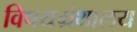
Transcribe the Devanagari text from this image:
विषयग्रंथालय